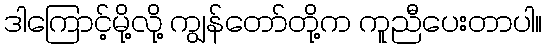
ဒါကြောင့်မို့လို့ ကျွန်တော်တို့က ကူညီပေးတာပါ။